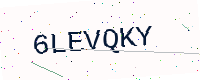
Text: 6LEVQKY